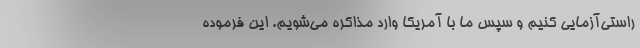
راستی‌آزمایی کنیم و سپس ما با آمریکا وارد مذاکره می‌شویم. این فرموده